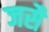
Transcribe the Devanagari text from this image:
जसै